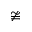
\ncong